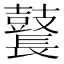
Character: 鼚